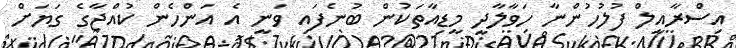
އިސްރާއީލް ފުލުހުންނާ ހަވާލާދީ މީޑިއާތަކުން ބުނެފައި ވަނީ އެ އަންހެން ކުއްޖާގެ ގަޔަށް